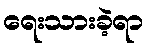
ရေးသားခဲ့ရာ